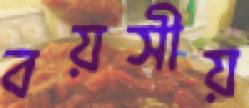
বয়সীয়